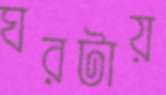
ঘরটায়